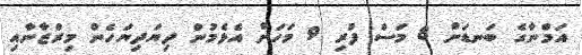
އަމްނާގެ ބަނޑަށް 8 މަސް ފުރި 9 މަހަށް އެޅެމުން ދިޔަދިޔަހެން މިރްޒާނާއި